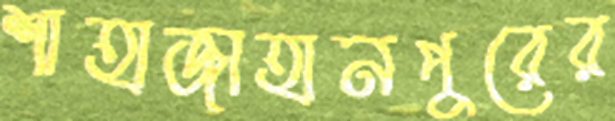
শাহাজাহানপুরের